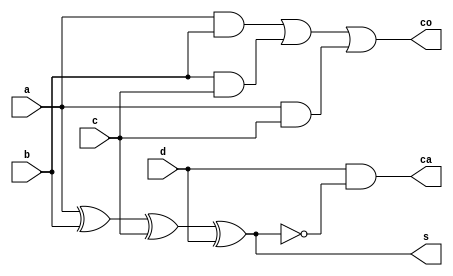
`timescale 1 ns / 10ps

//////////////////////////////////////////////////////////////////////////////////
// Company: Fudan University
// 
// Design Name: 
// Module Name: coms
// Project Name: multiplier
// Target Devices: 
// Tool Versions: 
// Description: 
//              a 32x32 multiplier with booth2 algorithm and jump wallace tree
// Dependencies: 
// 
// Revision:
// Revision 0.01 - File Created
// Additional Comments:
// 
//////////////////////////////////////////////////////////////////////////////////

module com_s(
    input a,
    input b,
    input c,
    input d,
    output s,
    output ca,
    output co
);

wire temp;
assign temp = a ^ b ^ c ^ d;
assign s = temp;
assign ca = d & ~temp;
assign co = (a & b)||(b & c)||(a & c);

endmodule